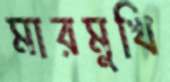
মারমুখি